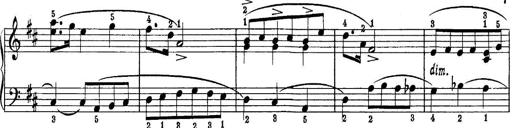
Title: Quatres sonatines
Composer: Tadeusz Joteyko